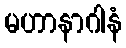
မဟာနာဂါနံ